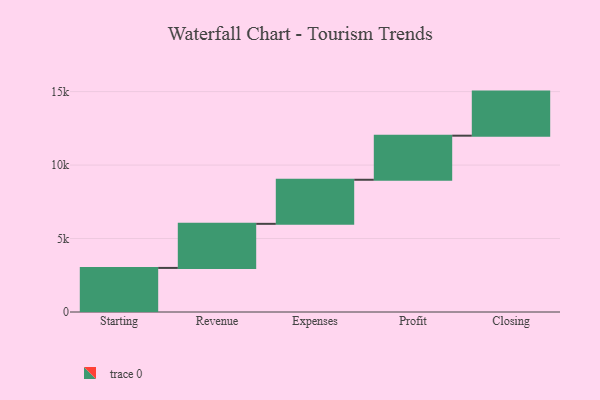
{"axis": {"x": "Step", "y": "Value"}, "legend": [""], "data": [{"x": "Starting", "y": 3000, "type": ""}, {"x": "Revenue", "y": 3000, "type": ""}, {"x": "Expenses", "y": 3000, "type": ""}, {"x": "Profit", "y": 3000, "type": ""}, {"x": "Closing", "y": 3000, "type": ""}]}